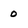
Character: 0